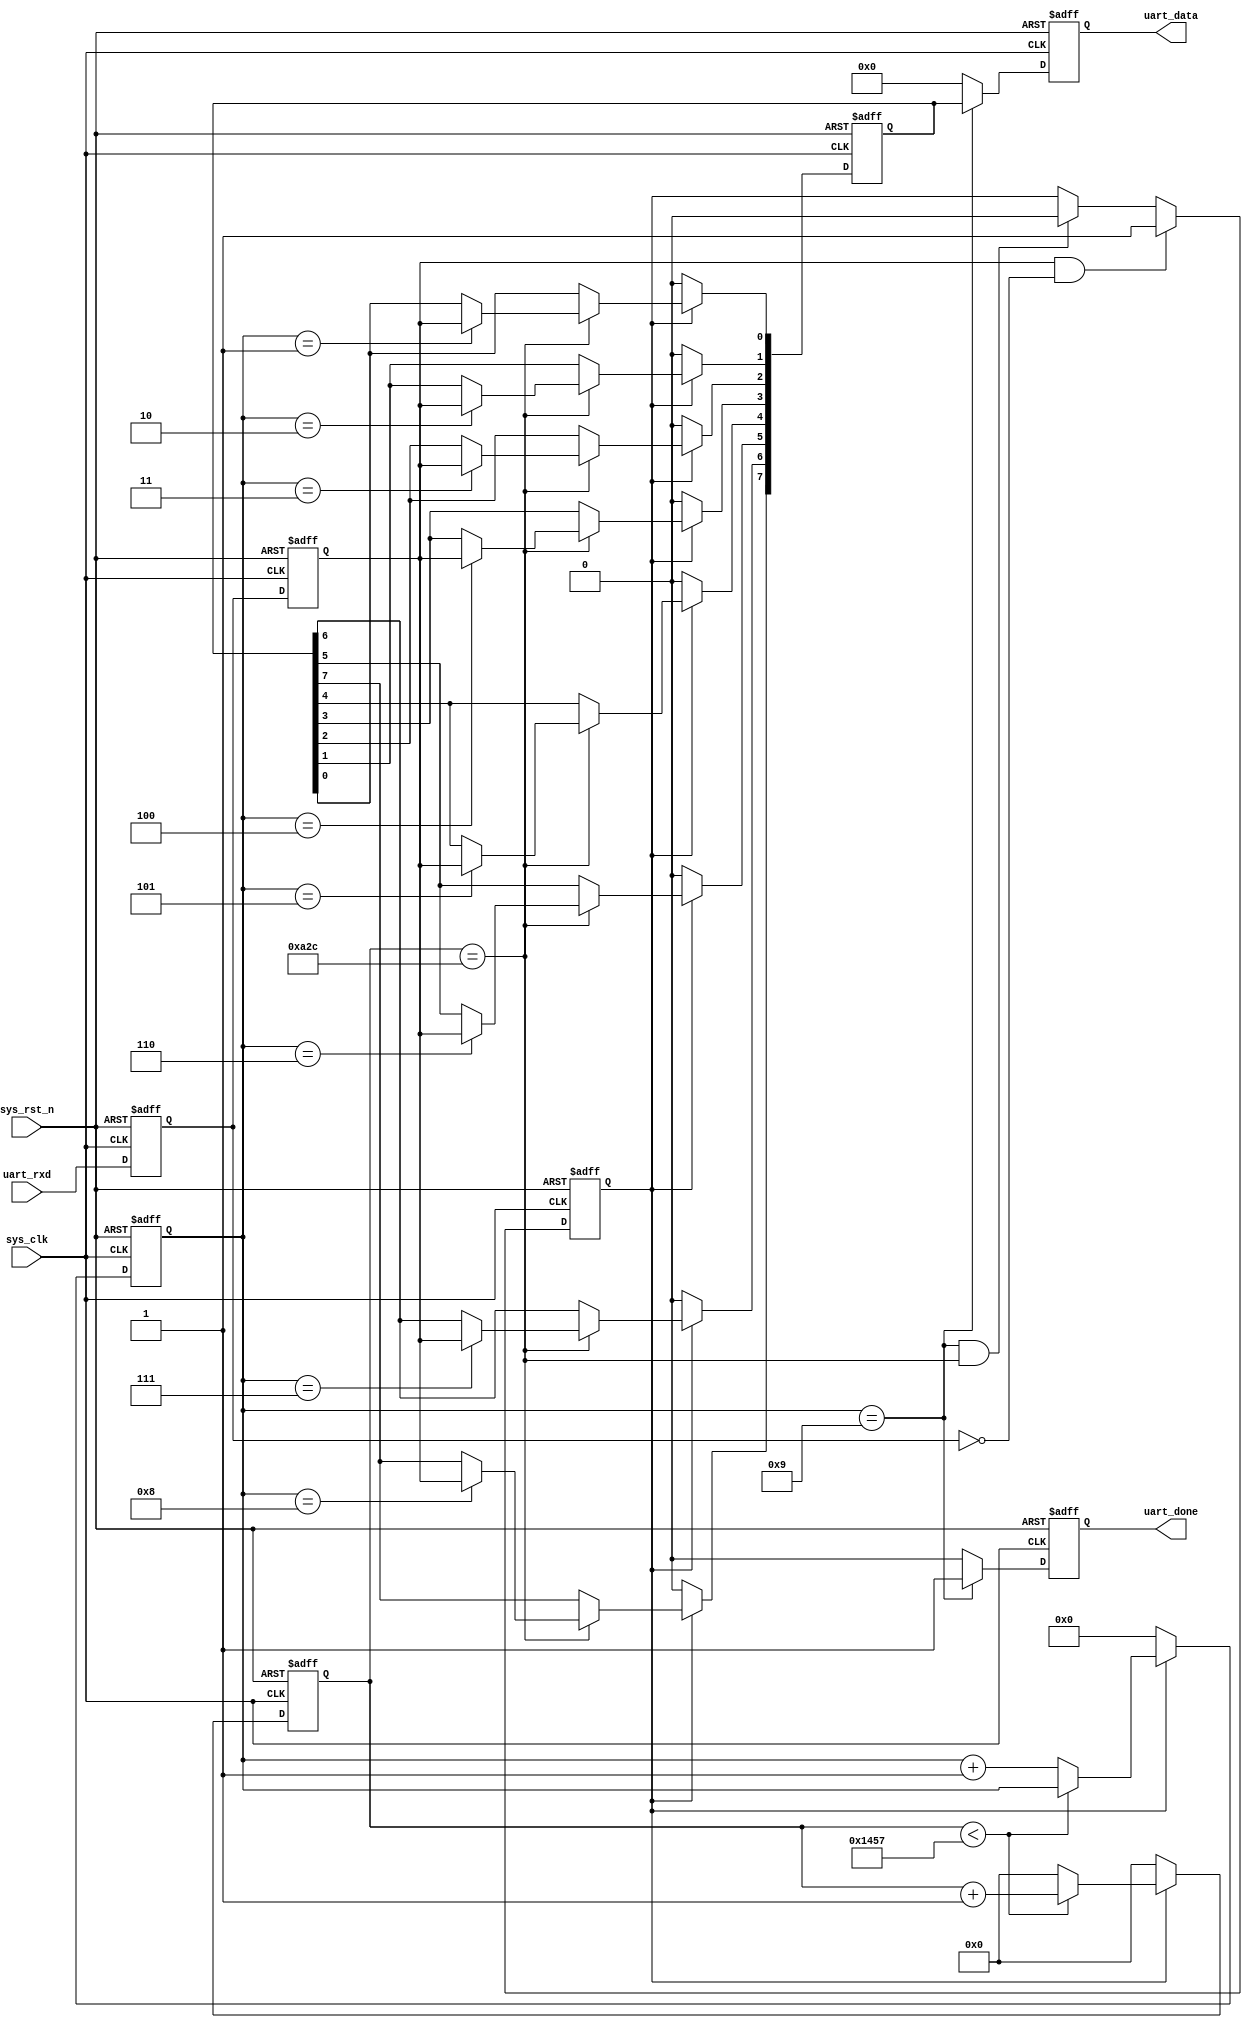
//-------------------------------------------------------------------
// Module Name: uart_recv
// The receive part of UART 
// Created on 2020-11-5
//-------------------------------------------------------------------

module uart_recv(
  input sys_clk,
  input sys_rst_n,
  input uart_rxd,
  output reg uart_done,
  output reg [7:0] uart_data
);


//--------------------------------------------------------
// Parameter define
//--------------------------------------------------------
parameter CLK_FREQ = 50000000;
parameter UART_BPS = 9600;
localparam BPS_CNT = CLK_FREQ/UART_BPS;

//--------------------------------------------------------
// Registers define
//--------------------------------------------------------
reg uart_rxd_d0;
reg uart_rxd_d1;
// receive one bit' clock cycle
reg [15:0] clk_cnt;
// The number of receive bits
reg [3:0] rx_cnt;
reg rx_flag;
reg [7:0] rxdata;

//--------------------------------------------------------
// Wire define
//--------------------------------------------------------
wire start_flag;

//--------------------------------------------------------
// Determine the start flag: negedge of rxd
//--------------------------------------------------------
always @(posedge sys_clk, negedge sys_rst_n) begin
  if(!sys_rst_n) begin
    uart_rxd_d0 <= 1'b0;
    uart_rxd_d1 <= 1'b0;
  end
  else begin
    uart_rxd_d0 <= uart_rxd;
    uart_rxd_d1 <= uart_rxd_d0;
  end
end

assign start_flag = uart_rxd_d1 && (~uart_rxd_d0);

//--------------------------------------------------------
// start_flag valid, receive data
//--------------------------------------------------------
always @(posedge sys_clk, negedge sys_rst_n) begin
  if(!sys_rst_n) begin
    rx_flag <= 1'b0;
  end
  else begin
    if(start_flag == 1'b1) begin
      rx_flag <= 1'b1;
    end
    // one bit receive completed
    else if((rx_cnt == 4'd9)&&(clk_cnt == BPS_CNT/2)) begin
      rx_flag <= 1'b0;
    end
    else begin
      rx_flag <= rx_flag;
    end
  end
end

//--------------------------------------------------------
// counter the clock cycles during one bit data
//--------------------------------------------------------
always @(posedge sys_clk, negedge sys_rst_n) begin
  if(!sys_rst_n) begin
    clk_cnt <= 16'd0;
    rx_cnt <= 4'd0;
  end
  else if(rx_flag == 1'b1) begin
    if(clk_cnt < (BPS_CNT - 1)) begin
      clk_cnt <= clk_cnt + 1'b1;
      rx_cnt <= rx_cnt;
    end
    else begin
      clk_cnt <= 16'd0;
      rx_cnt <= rx_cnt + 1'b1;
    end
  end
  else begin
    clk_cnt <= 16'd0;
    rx_cnt <= 4'd0;
  end
end

//--------------------------------------------------------
// read the every bit data
//--------------------------------------------------------
always @(posedge sys_clk, negedge sys_rst_n) begin
  if(!sys_rst_n) begin
    rxdata <= 8'd0;
  end
  else if(rx_flag == 1'b1) begin
    if(clk_cnt == BPS_CNT/2) begin
      case(rx_cnt)
        4'd1: rxdata[0] <= uart_rxd_d1;
        4'd2: rxdata[1] <= uart_rxd_d1;
        4'd3: rxdata[2] <= uart_rxd_d1;
        4'd4: rxdata[3] <= uart_rxd_d1;
        4'd5: rxdata[4] <= uart_rxd_d1;
        4'd6: rxdata[5] <= uart_rxd_d1;
        4'd7: rxdata[6] <= uart_rxd_d1;
        4'd8: rxdata[7] <= uart_rxd_d1;
        default: ;
      endcase
    end
    else begin
      rxdata <= rxdata;
    end
  end
  else begin
    rxdata <= 8'd0;
  end
end

//--------------------------------------------------------
// output the data and valid flag
//--------------------------------------------------------
always @(posedge sys_clk, negedge sys_rst_n) begin
  if(!sys_rst_n) begin
    uart_data <= 8'd0;
    uart_done <= 1'b0;
  end
  else if(rx_cnt == 4'd9) begin
    uart_data <= rxdata;
    uart_done <= 1'b1;
  end
  else begin
    uart_data <= 8'd0;
    uart_done <= 1'b0;
  end
end



endmodule